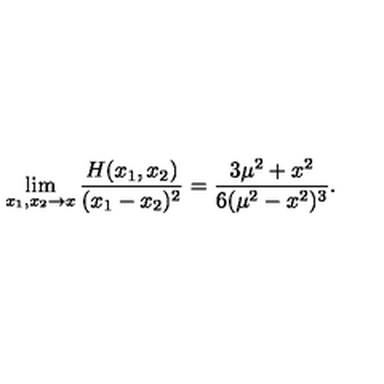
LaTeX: \lim _ { x _ { 1 } , x _ { 2 } \to x } \frac { H ( x _ { 1 } , x _ { 2 } ) } { ( x _ { 1 } - x _ { 2 } ) ^ { 2 } } = \frac { 3 \mu ^ { 2 } + x ^ { 2 } } { 6 ( \mu ^ { 2 } - x ^ { 2 } ) ^ { 3 } } .